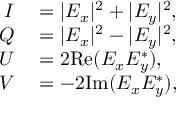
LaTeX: \begin{array} { r l } { I } & { { } = | E _ { x } | ^ { 2 } + | E _ { y } | ^ { 2 } , } \\ { Q } & { { } = | E _ { x } | ^ { 2 } - | E _ { y } | ^ { 2 } , } \\ { U } & { { } = 2 \mathrm { R e } ( E _ { x } E _ { y } ^ { * } ) , } \\ { V } & { { } = - 2 \mathrm { I m } ( E _ { x } E _ { y } ^ { * } ) , } \end{array}